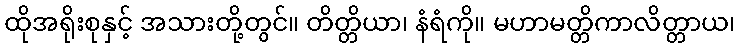
ထိုအရိုးစုနှင့် အသားတို့တွင်။ တိတ္တိယာ၊ နံရံကို။ မဟာမတ္တိကာလိတ္တာယ၊